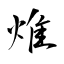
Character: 焳